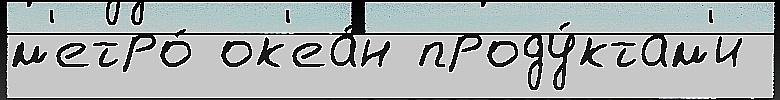
м'етро́ ок'еа́н проду́ктам'и